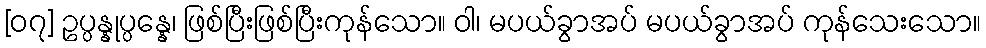
[၀၇] ဥပ္ပန္နုပ္ပန္နေ၊ ဖြစ်ပြီးဖြစ်ပြီးကုန်သော။ ဝါ၊ မပယ်ခွာအပ် မပယ်ခွာအပ် ကုန်သေးသော။